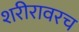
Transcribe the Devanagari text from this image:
शरीरावरच